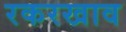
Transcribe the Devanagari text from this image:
रकरखाव